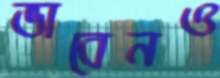
ভাবেনও